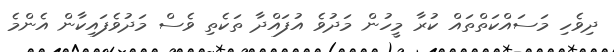
ދިވެހި މަސައްކަތްތައް ކުރާ މީހުން މަދުވެ އުފައްދާ ތަކެތި ވެސް މަދުވެފައިކާން އެންމެ